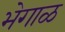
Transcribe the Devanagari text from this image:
भेगाळ